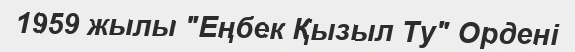
1959 жылы "Еңбек Қызыл Ту" Ордені